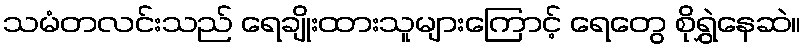
သမံတလင်းသည် ရေချိုးထားသူများကြောင့် ရေတွေ စိုရွှဲနေဆဲ။